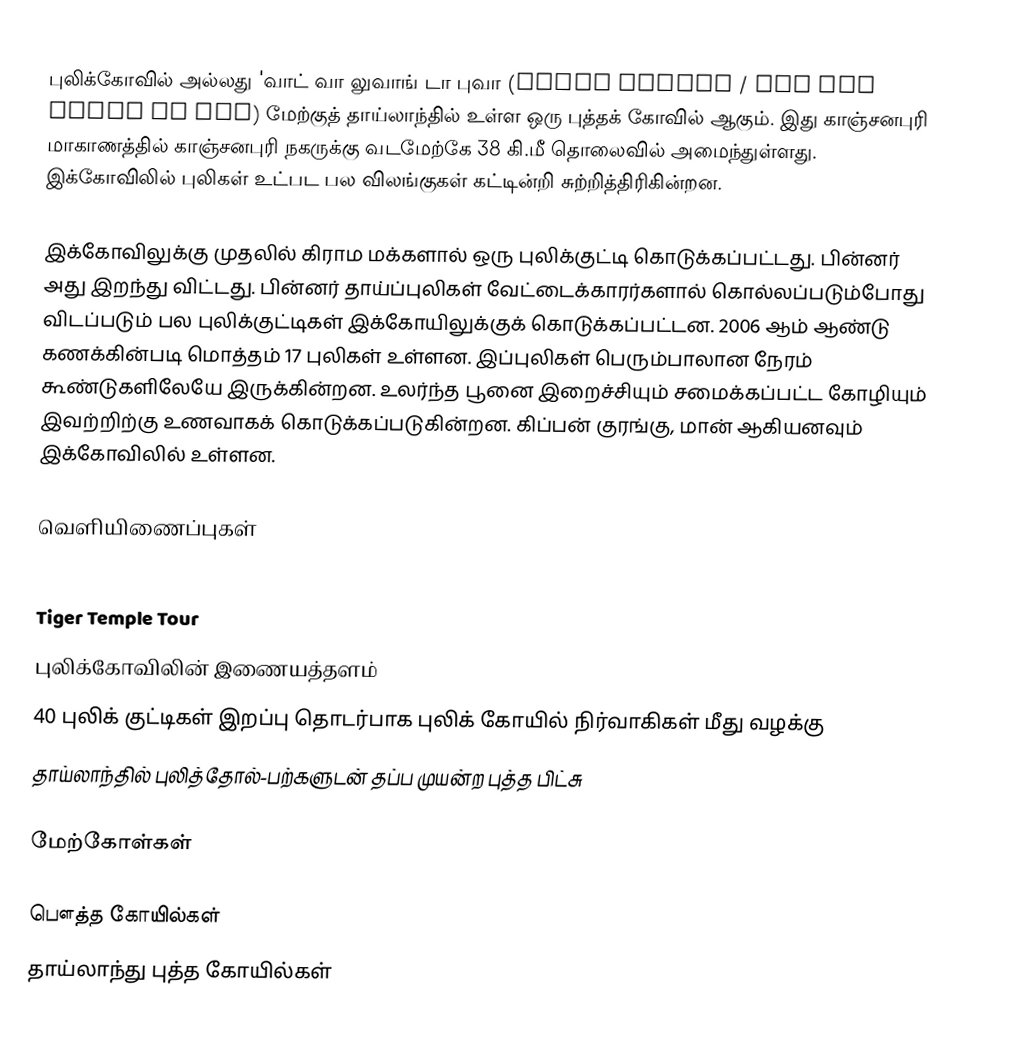
புலிக்கோவில் அல்லது 'வாட் வா லுவாங் டா புவா (Tiger Temple / Wat Pha Luang Ta Bua) மேற்குத் தாய்லாந்தில் உள்ள ஒரு புத்தக் கோவில் ஆகும். இது காஞ்சனபுரி மாகாணத்தில் காஞ்சனபுரி நகருக்கு வடமேற்கே 38 கி.மீ தொலைவில் அமைந்துள்ளது. இக்கோவிலில் புலிகள் உட்பட பல விலங்குகள் கட்டின்றி சுற்றித்திரிகின்றன.

இக்கோவிலுக்கு முதலில் கிராம மக்களால் ஒரு புலிக்குட்டி கொடுக்கப்பட்டது. பின்னர் அது இறந்து விட்டது. பின்னர் தாய்ப்புலிகள் வேட்டைக்காரர்களால் கொல்லப்படும்போது விடப்படும் பல புலிக்குட்டிகள் இக்கோயிலுக்குக் கொடுக்கப்பட்டன. 2006 ஆம் ஆண்டு கணக்கின்படி மொத்தம் 17 புலிகள் உள்ளன. இப்புலிகள் பெரும்பாலான நேரம் கூண்டுகளிலேயே இருக்கின்றன. உலர்ந்த பூனை இறைச்சியும் சமைக்கப்பட்ட கோழியும் இவற்றிற்கு உணவாகக் கொடுக்கப்படுகின்றன. கிப்பன் குரங்கு, மான் ஆகியனவும் இக்கோவிலில் உள்ளன.

வெளியிணைப்புகள்

  Tiger Temple Tour
  புலிக்கோவிலின் இணையத்தளம்
  40 புலிக் குட்டிகள் இறப்பு தொடர்பாக புலிக் கோயில் நிர்வாகிகள் மீது வழக்கு
  தாய்லாந்தில் புலித்தோல்-பற்களுடன் தப்ப முயன்ற புத்த பிட்சு

மேற்கோள்கள்

பௌத்த கோயில்கள்
தாய்லாந்து புத்த கோயில்கள்